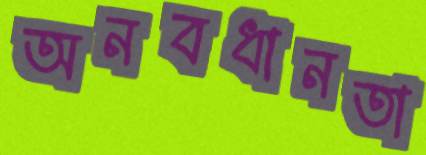
অনবধানতা